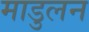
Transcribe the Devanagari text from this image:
माडुलन